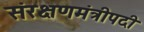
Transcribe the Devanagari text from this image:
संरक्षणमंत्रीपदी